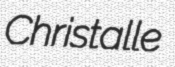
Christalle